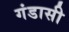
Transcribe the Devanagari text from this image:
गंडासी